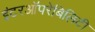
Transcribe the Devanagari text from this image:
इंटरऑपरेबिलिटी